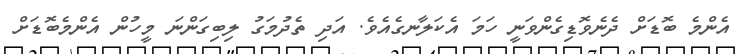
އެންމެ ބޮޑަށް ދެނެވޮޑިގެންވަނީ ހަމަ އެކަލާނގެއެވެ. އަދި ތެދުމަގު ލިބިގަންނަ މީހުން އެންމެބޮޑަށް